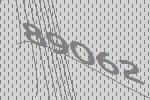
89062